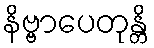
နိဗ္ဗာပေတုန္တိ